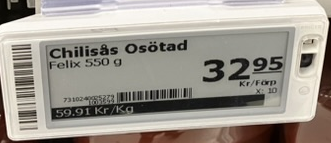
Vara: Chilisås Osötad
Genomsnittspris: 59.91 per kg